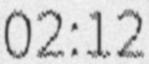
02:12